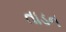
તાડન